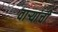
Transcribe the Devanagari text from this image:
वार्‍यांची